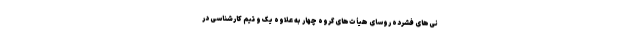
نی‌های فشرده روسای هیأت‌های گروه چهار به علاوه یک و تیم کارشناسی در